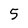
Character: 5